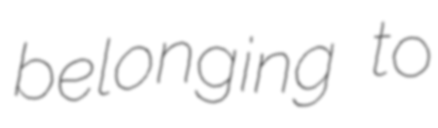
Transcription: belonging to